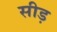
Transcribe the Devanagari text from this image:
सीड़